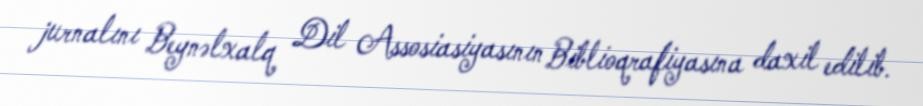
jurnalını Beynəlxalq Dil Assosiasiyasının Biblioqrafiyasına daxil edilib.